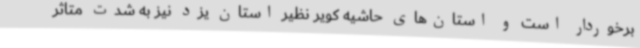
برخوردار است و استان‌های حاشیه کویر نظیر استان یزد نیز به شدت متاثر